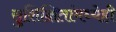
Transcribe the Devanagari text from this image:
सुशिक्षितांमध्येही